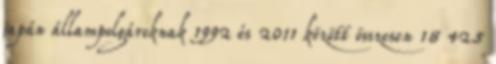
japán állampolgároknak 1992 és 2011 között összesen 18 425